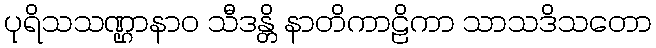
ပုရိသသဏ္ဌာနာဝ သီဒန္တိ နာတိကာဠိကာ သာသဒိသတော